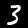
Label: 3